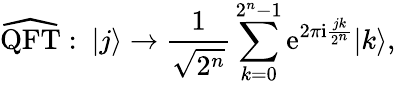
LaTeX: \widehat{\mathrm{QFT}}:~|j\rangle\to\frac{1}{\sqrt{2^{n}}}\sum_{k=0}^{2^{n}-1}\mathrm{e}^{2\pi\mathrm{i}\frac{jk}{2^{n}}}|k\rangle,